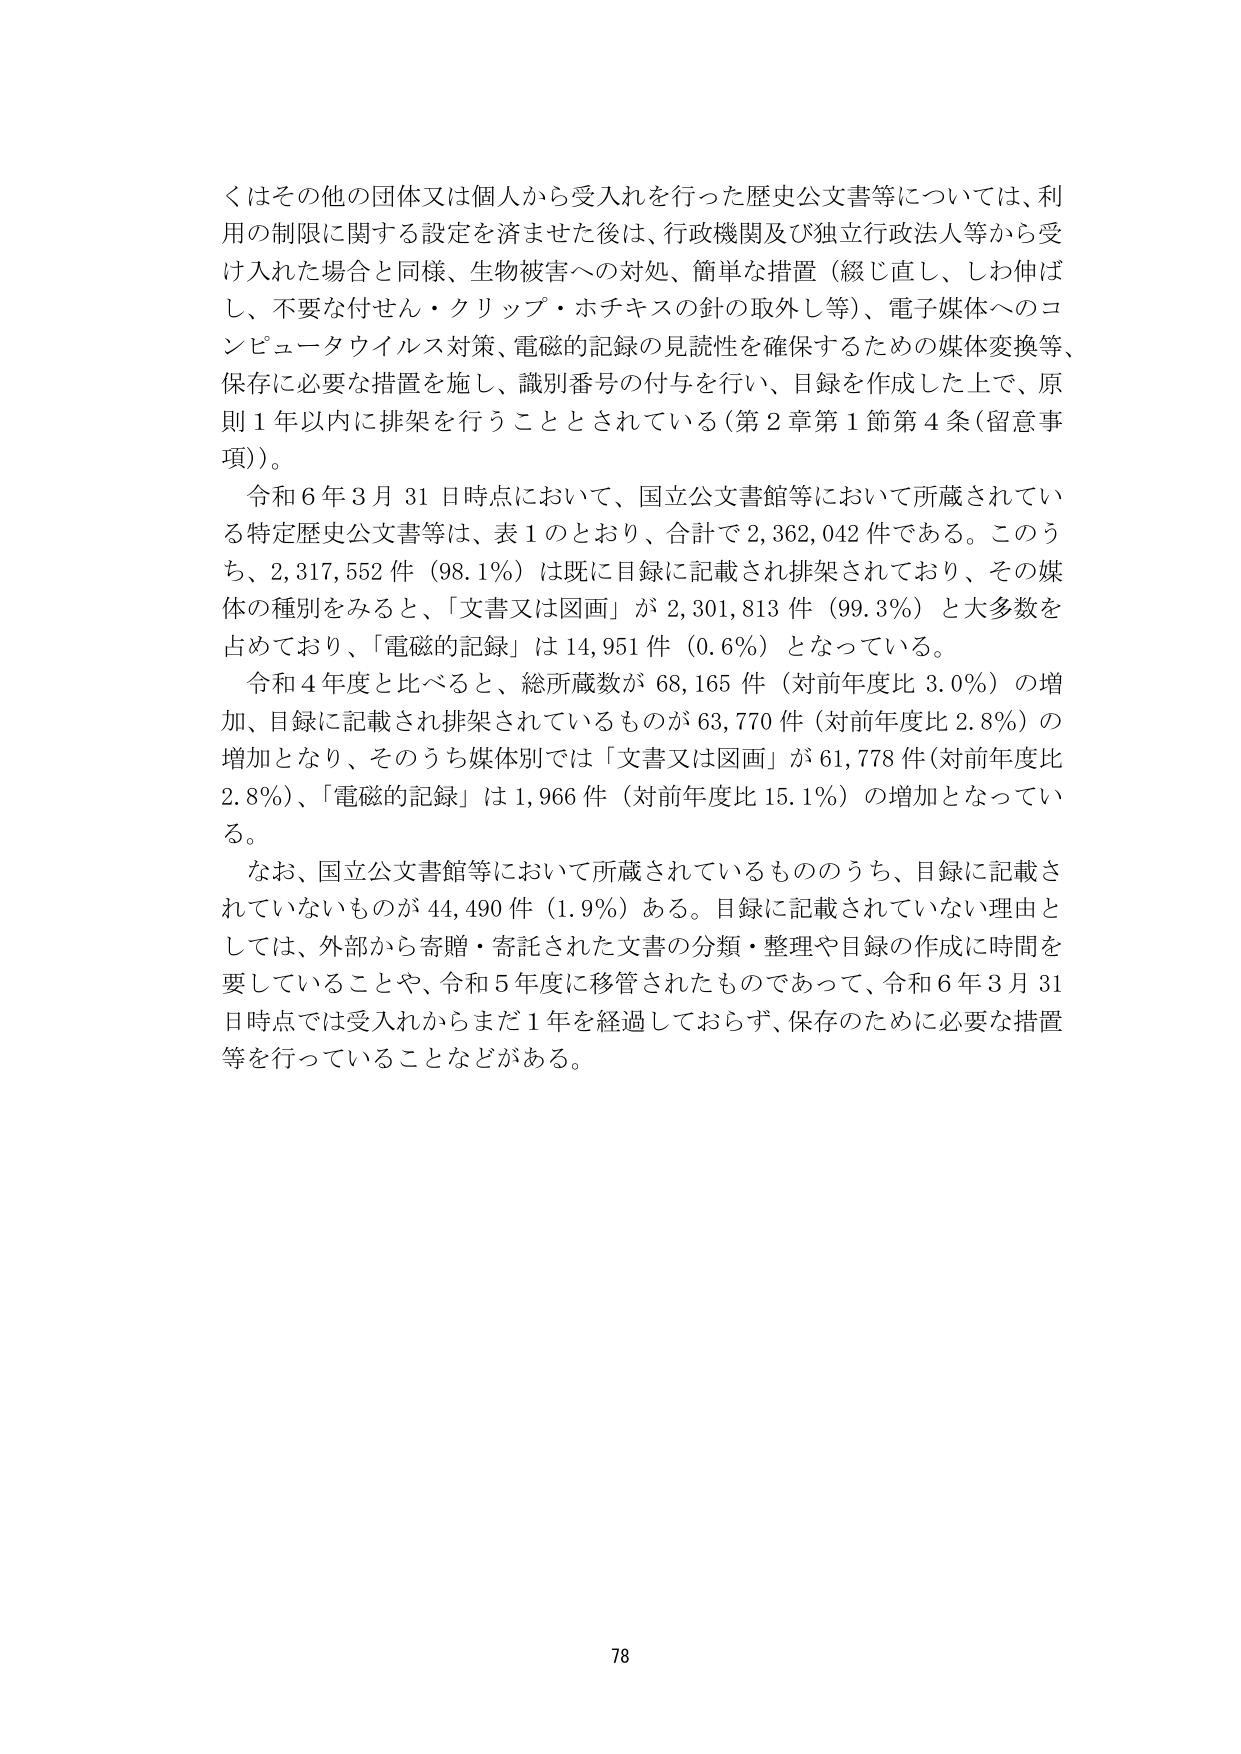
くはその他の団体又は個人から受入れを行った歴史公文書等については、利用の制限に関する設定を済ませた後は、行政機関及び独立行政法人等から受け入れた場合と同様、生物被害への対処、簡単な措置（綴じ直し、しわ伸ばし、不要な付せん・クリップ・ホチキスの針の取外し等）、電子媒体へのコンピュータウイルス対策、電磁的記録の見読性を確保するための媒体変換等、保存に必要な措置を施し、識別番号の付与を行い、目録を作成した上で、原則１年以内に排架を行うこととされている（第２章第１節第４条（留意事項））。

令和６年３月31日時点において、国立公文書館等において所蔵されている特定歴史公文書等は、表１のとおり、合計で2,362,042件である。このうち、2,317,552件（98.1％）は既に目録に記載され排架されており、その媒体の種別をみると、「文書又は図画」が2,301,813件（99.3％）と大多数を占めており、「電磁的記録」は14,951件（0.6％）となっている。

令和４年度と比べると、総所蔵数が68,165件（対前年度比3.0％）の増加、目録に記載され排架されているものが63,770件（対前年度比2.8％）の増加となり、そのうち媒体別では「文書又は図画」が61,778件（対前年度比2.8％）、「電磁的記録」は1,966件（対前年度比15.1％）の増加となっている。

なお、国立公文書館等において所蔵されているもののうち、目録に記載されていないものが44,490件（1.9％）ある。目録に記載されていない理由としては、外部から寄贈・寄託された文書の分類・整理や目録の作成に時間を要していることや、令和５年度に移管されたものであって、令和６年３月31日時点では受入れからまだ１年を経過しておらず、保存のために必要な措置等を行っていることなどがある。

78